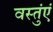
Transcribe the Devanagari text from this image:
वस्तुंएं